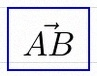
\vec{AB}